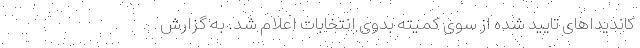
کاندیداهای تایید شده از سوی کمیته بدوی انتخابات اعلام شد. به گزارش